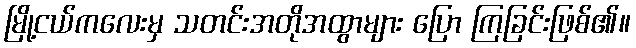
မြို့ငယ်ကလေးမှ သတင်းအတိုအထွာများ ပြော ကြခြင်းဖြစ်၏။